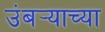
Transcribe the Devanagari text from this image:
उंबर्‍याच्या